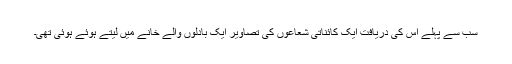
سب سے پہلے اس کی دریافت ایک کائناتی شعاعوں کی تصاویر ایک بادلوں والے خانے میں لیتے ہوئے ہوئی تھی۔